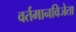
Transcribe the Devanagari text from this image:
वर्तमानविजेता